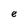
Character: e